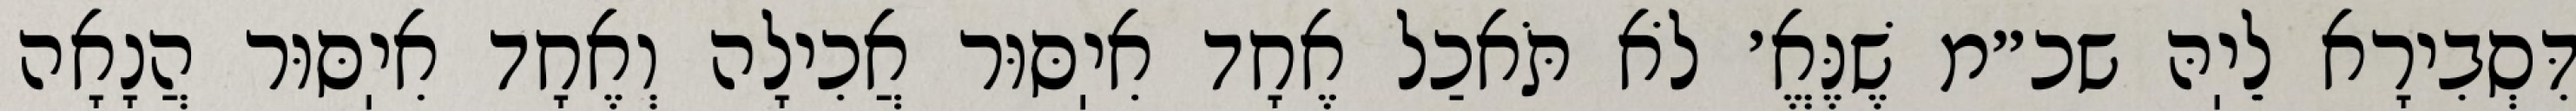
דִּסְבִירָא לֵיֽהּ שכ״מ שֶׁנֶּאֱ׳ לֹא תֹּאכַל אֶחָד אִיֽסּוּר אֲכִילָה וְאֶחָד אִיֽסּוּר הֲנָאָה